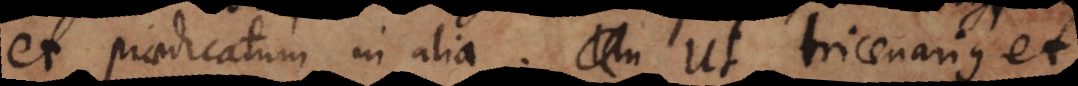
et praedicatum in alia. Ut tricenarius et